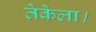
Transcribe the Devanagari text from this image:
तेकेला।